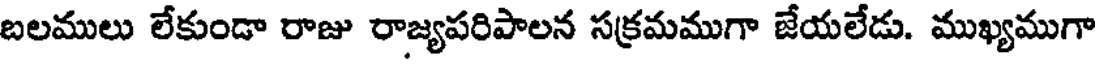
బలములు లేకుండా రాజు రాజ్యపరిపాలన సక్రమముగా జేయలేడు. ముఖ్యముగా